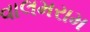
વાલમરામ